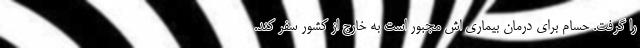
را گرفت. حسام براي درمان بيماري اش مجبور است به خارج از کشور سفر کند.